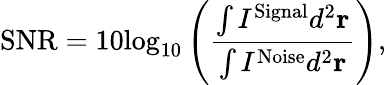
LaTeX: \mathrm{SNR}=10{{\log}_{10}}\left(\frac{\int{{{I}^{\mathrm{Signal}}}}{{d}^{2}}{\mathbf{r}}}{\int{{{I}^{\mathrm{Noise}}}}{{d}^{2}}{\mathbf{r}}}\right),